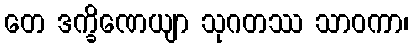
တေ ဒက္ခိဏေယျာ သုဂတဿ သာဝကာ၊